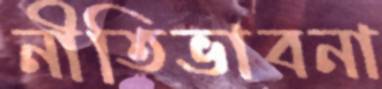
নীতিভাবনা